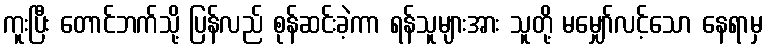
ကူးပြီး တောင်ဘက်သို့ ပြန်လည် စုန်ဆင်းခဲ့ကာ ရန်သူများအား သူတို့ မမျှော်လင့်သော နေရာမှ